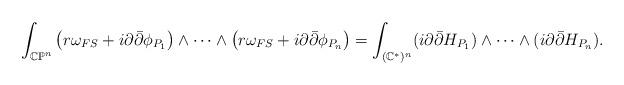
LaTeX: \begin{align*}\int_{\mathbb{CP}^n} \left(r \omega_{FS}+ i \partial \bar{\partial} \phi_{P_1}\right)\wedge \cdots \wedge \left(r \omega_{FS}+ i \partial \bar{\partial} \phi_{P_n}\right) =\int_{(\mathbb{C}^*)^n}(i \partial \bar{\partial} H_{P_1}) \wedge \cdots \wedge (i \partial \bar{\partial} H_{P_n}).\end{align*}